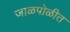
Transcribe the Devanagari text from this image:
जाळपोळीत